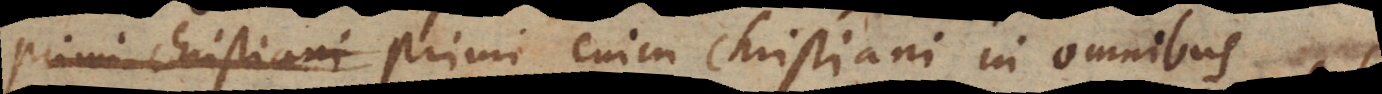
primi Christiani Primi enim Christiani in omnibus